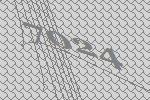
7024